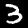
Digit: 3